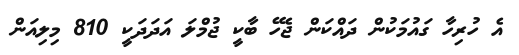
އެ ހުރިހާ ގައުމަކުން ދައްކަން ޖެހޭ ބާކީ ޖުމްލަ އަދަދަކީ 810 މިލިއަން